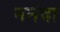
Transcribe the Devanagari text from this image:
ननंदा